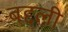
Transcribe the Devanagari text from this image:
बद्दली